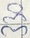
Text: 330